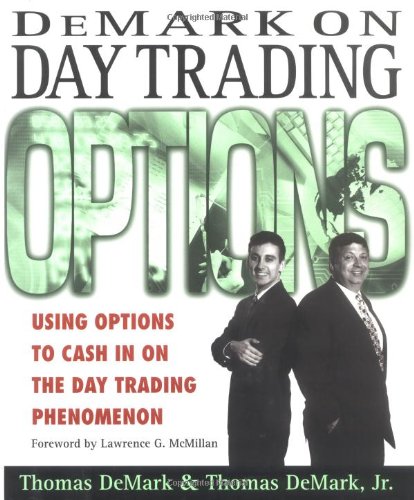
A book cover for DeMark On Day Trading Options; Thomas DeMark; Business & Money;